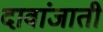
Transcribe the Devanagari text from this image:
दावांजाती